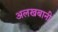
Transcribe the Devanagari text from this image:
अलखबानी